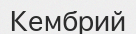
Кембрий